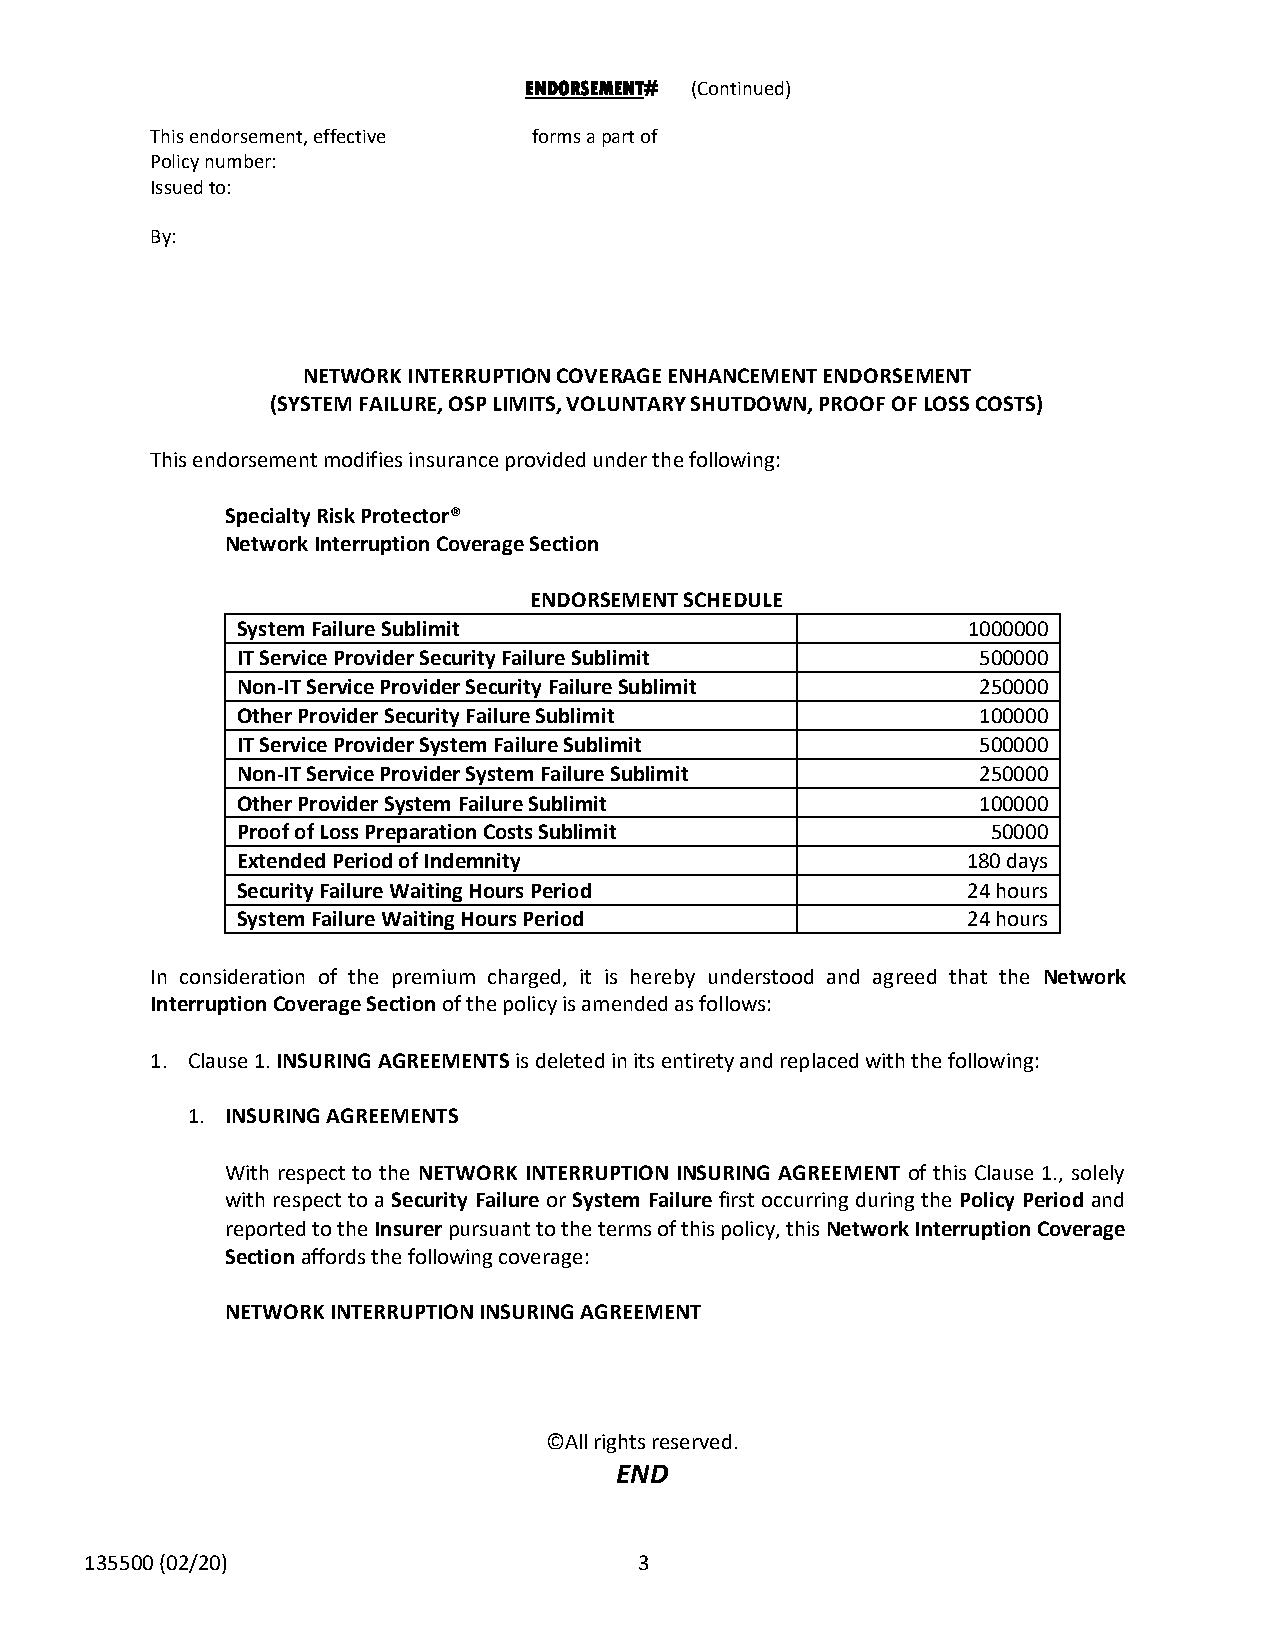
ENDORSEMENT# (Continued)
 This endorsement, effective forms a part of
 Policy number:
 Issued to:
 By:
 NETWORK INTERRUPTION COVERAGE ENHANCEMENT ENDORSEMENT
 (SYSTEM FAILURE, OSP LIMITS, VOLUNTARY SHUTDOWN, PROOF OF LOSS COSTS)
 This endorsement modifies insurance provided under the following:
 Specialty Risk Protector®
 Network Interruption Coverage Section
 ENDORSEMENT SCHEDULE
 System Failure Sublimit                         1000000
 IT Service Provider Security Failure Sublimit    500000
 Non-IT Service Provider Security Failure Sublimit 250000
 Other Provider Security Failure Sublimit         100000
 IT Service Provider System Failure Sublimit      500000
 Non-IT Service Provider System Failure Sublimit  250000
 Other Provider System Failure Sublimit           100000
 Proof of Loss Preparation Costs Sublimit          50000
 Extended Period of Indemnity                    180 days
 Security Failure Waiting Hours Period           24 hours
 System Failure Waiting Hours Period             24 hours
 In consideration of the premium charged, it is hereby understood and agreed that the Network
 Interruption Coverage Section of the policy is amended as follows:
 1. Clause 1. INSURING AGREEMENTS is deleted in its entirety and replaced with the following:
 1. INSURING AGREEMENTS
 With respect to the NETWORK INTERRUPTION INSURING AGREEMENT of this Clause 1., solely
 with respect to a Security Failure or System Failure first occurring during the Policy Period and
 reported to the Insurer pursuant to the terms of this policy, this Network Interruption Coverage
 Section affords the following coverage:
 NETWORK INTERRUPTION INSURING AGREEMENT
 ©All rights reserved.
 END
 135500 (02/20)                      3